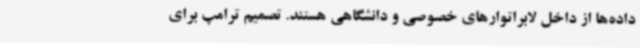
داده‌ها از داخل لابراتوارهای خصوصی و دانشگاهی هستند. تصمیم ترامپ برای